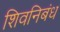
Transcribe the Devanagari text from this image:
शिवनिबंध